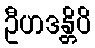
ဦဟဒန္တိပိ